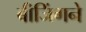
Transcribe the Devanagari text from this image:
बीजिंगने